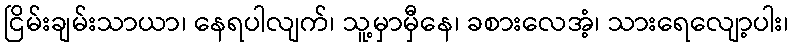
ငြိမ်းချမ်းသာယာ၊ နေရပါလျက်၊ သူ့မှာမှီနေ၊ ခစားလေအံ့၊ သားရေလျော့ပါး၊